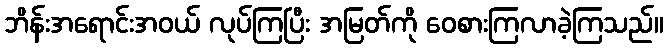
ဘိန်းအရောင်းအဝယ် လုပ်ကြပြီး အမြတ်ကို ဝေစားကြလာခဲ့ကြသည်။